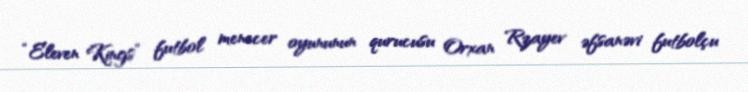
“Eleven Kings” futbol menecer oyununun qurucusu Orxan Rzayev əfsanəvi futbolçu